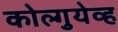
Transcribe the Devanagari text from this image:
कोल्गुयेव्ह